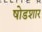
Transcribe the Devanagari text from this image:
षोडशार